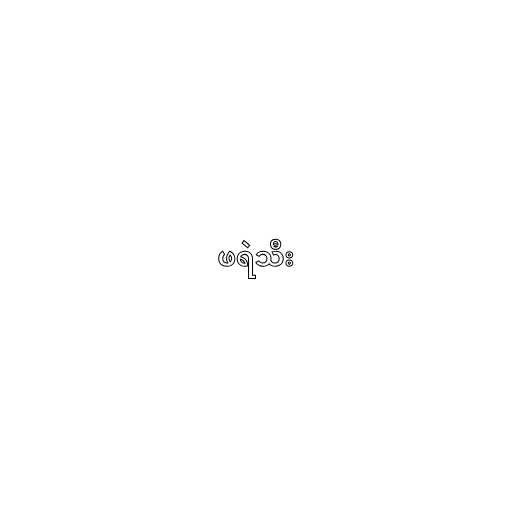
ဖရဲသီး